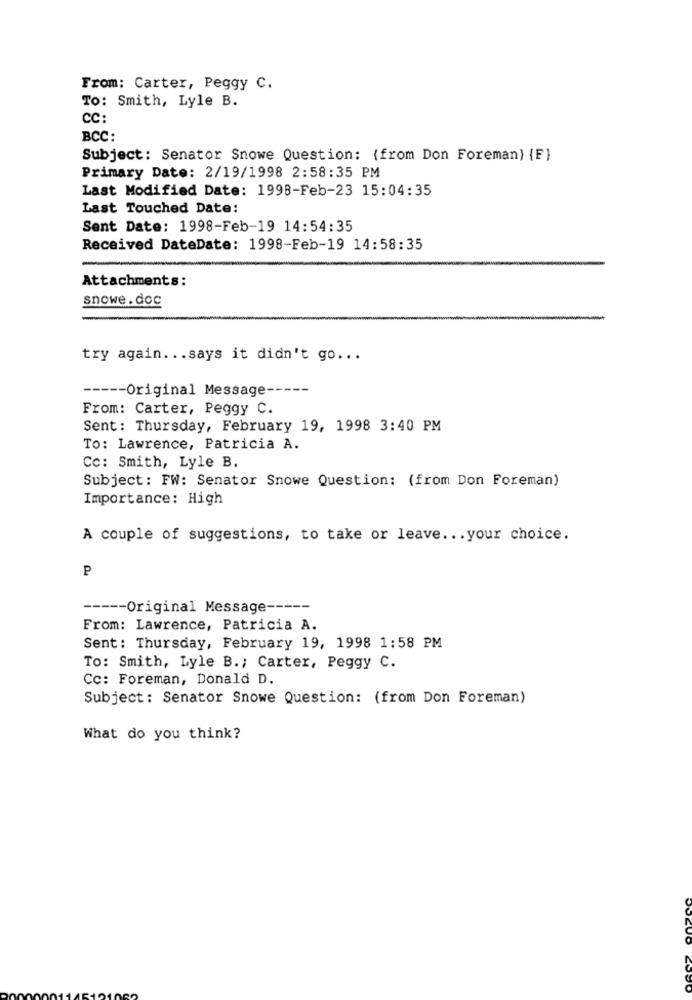
From: Carter, Peggy C.
To: Smith, Lyle B.
CC:
BCC:
Subject: Senator Snowe Question: (from Don Foreman) {F}
Primary Date: 2/19/1998 2:58:35 PM
Last Modified Date: 1998-Feb-23 15:04:35
Last Touched Date:
Sent Date: 1998-Feb-19 14:54:35
Received DateDate: 1998-Feb-19 14:58:35
Attachments:
snowe . doc
try again ... says it didn't go ...
----- Original Message -----
From: Carter, Peggy C.
Sent: Thursday, February 19, 1998 3:40 PM
To: Lawrence, Patricia A.
Cc: Smith, Lyle B.
Subject: FW: Senator Snowe Question: (from Don Foreman)
Importance: High
A couple of suggestions, to take or leave ... your choice.
P
----- Original Message ----
From: Lawrence, Patricia A.
Sent: Thursday, February 19, 1998 1:58 PM
To: Smith, Lyle B .; Carter, Peggy C.
Cc: Foreman, Donald D.
Subject: Senator Snowe Question: (from Don Foreman)
What do you think?